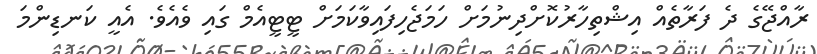
ރާއްޖޭގެ ދެ ފަރާތެއް އިޝްތިހާރުކޮށްދިނުމަށް ހަމަޖެހިފައިވާކަމަށް ޓީޓީއެމް ގައި ވެއެވެ. އެއީ ކަނޑިންމަ